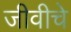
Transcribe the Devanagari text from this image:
जीवीचे